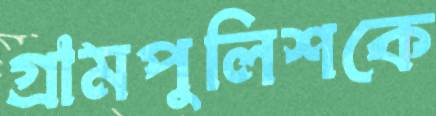
গ্রামপুলিশকে